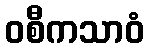
ဝစီကသာဝံ